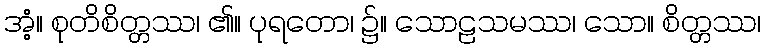
အံ့။ စုတိစိတ္တဿ၊ ၏။ ပုရတော၊ ၌။ သောဠသမဿ၊ သော။ စိတ္တဿ၊